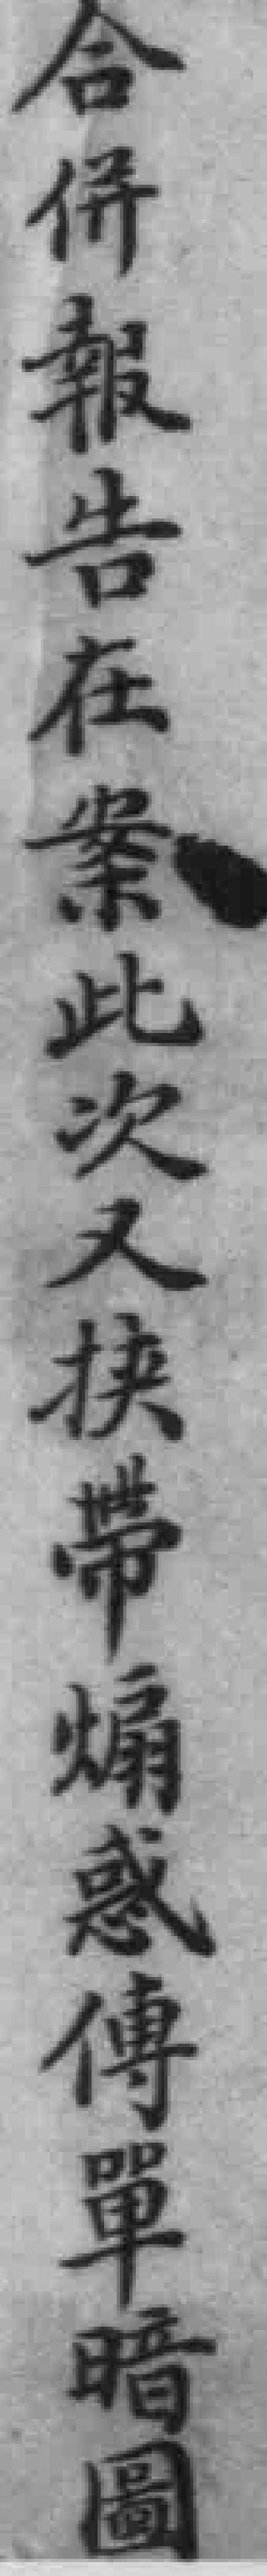
合報告在案此次又挟带换煽惑傳單暗圖